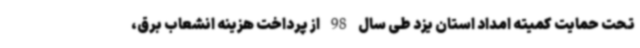
تحت حمایت کمیته امداد استان یزد طی سال 98 از پرداخت هزینه انشعاب برق،